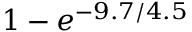
1 - e ^ { - 9 . 7 / 4 . 5 }